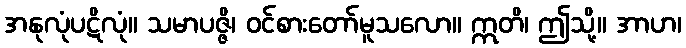
အနုလုံပဋိလုံ။ သမာပဇ္ဇိ၊ ဝင်စားတော်မူသလော။ ဣတိ၊ ဤသို့။ အာဟ၊